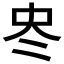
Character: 𠗀